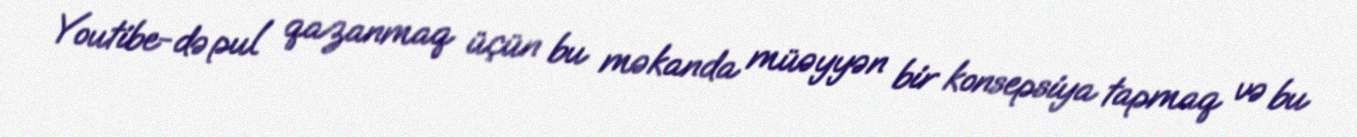
Youtibe-də pul qazanmaq üçün bu məkanda müəyyən bir konsepsiya tapmaq və bu